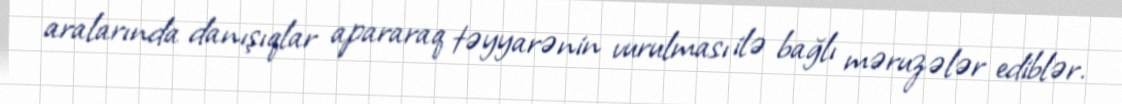
aralarında danışıqlar apararaq təyyarənin vurulması ilə bağlı məruzələr ediblər.